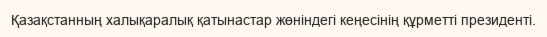
Қазақстанның халықаралық қатынастар жөніндегі кеңесінің құрметті президенті.